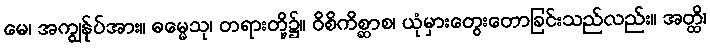
မေ၊ အကျွန်ုပ်အား။ ဓမ္မေသု၊ တရားတို့၌။ ဝိစိကိစ္ဆာစ၊ ယုံမှားတွေးတောခြင်းသည်လည်း။ အတ္ထိ၊